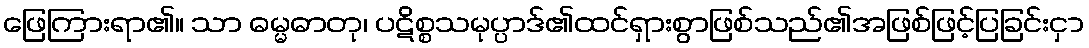
ဖြေကြားရာ၏။ သာ ဓမ္မဓာတု၊ ပဋိစ္စသမုပ္ပာဒ်၏ထင်ရှားစွာဖြစ်သည်၏အဖြစ်ဖြင့်ပြခြင်းငှာ